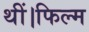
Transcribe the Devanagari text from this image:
थीं।फिल्म